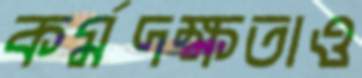
কর্মদক্ষতাও